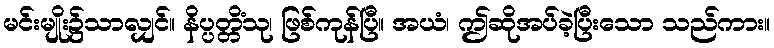
မင်းမျိုး၌သာလျှင်။ နိပ္ပတ္တိံသု၊ ဖြစ်ကုန်ပြီ။ အယံ၊ ဤဆိုအပ်ခဲ့ပြီးသော သည်ကား။